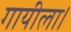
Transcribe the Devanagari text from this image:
गायीला।